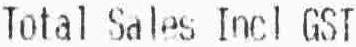
TOTAL SALES INCL GST